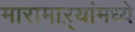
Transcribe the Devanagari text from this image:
मारामाऱ्यांमध्ये